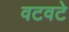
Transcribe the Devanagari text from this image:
वटवटे